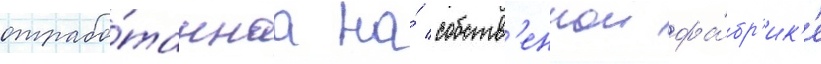
отрабо́таннаа на́ собств'еннои фа́бр'ик'е